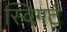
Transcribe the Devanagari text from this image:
स्विगर्ट